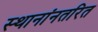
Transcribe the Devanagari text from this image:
स्थानांनतरित